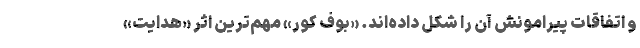
و اتفاقات پیرامونش آن را شکل داده‌اند. «بوف کور» مهم‌ترین اثر «هدایت»